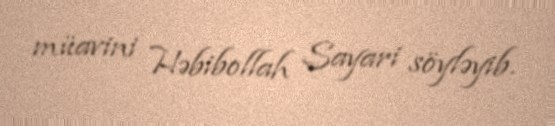
müavini Həbibollah Sayari söyləyib.